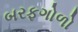
બરફગોળો